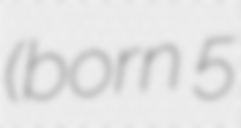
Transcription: (born 5